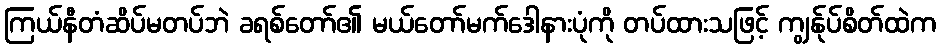
ကြယ်နီတံဆိပ်မတပ်ဘဲ ခရစ်တော်၏ မယ်တော်မက်ဒေါနားပုံကို တပ်ထားသဖြင့် ကျွန်ုပ်စိတ်ထဲက